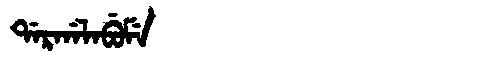
Manchu: ᡩᠠᡵᡤᠠᠯᠠᠪᡠᠮᡝ
Romanization: DARGALABUME